Source: Handwritten
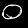
Digit: ၀ (0)